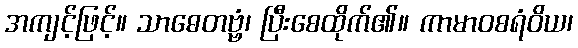
အကျင့်ဖြင့်။ သာဓေတဗ္ဗံ၊ ပြီးစေထိုက်၏။ ကာမာဝစရံဝိယ၊